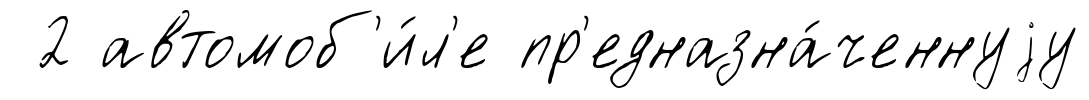
2 автомоб'и́л'е пр'едназна́ченнуjу